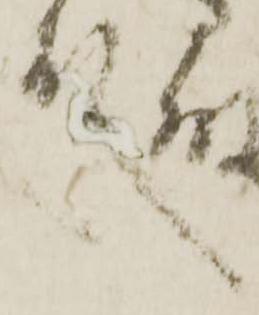
殿